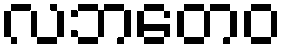
လဘတေဝ